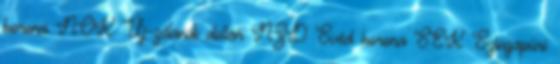
korona NOK Új-zélandi dollár NZD Svéd korona SEK Szingapúri